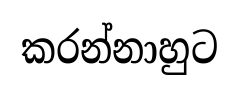
කරන්නාහුට